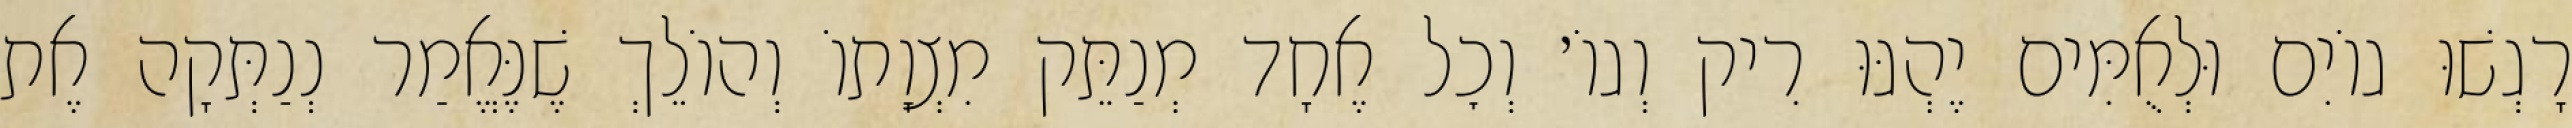
רָגְשׁוּ גוֹיִם וּלְאֻמִּים יֶהְגּוּ רִיק וְגוֹ׳ וְכׇל אֶחָד מְנַתֵּק מִצְוָתוֹ וְהוֹלֵךְ שֶׁנֶּאֱמַר נְנַתְּקָה אֶת